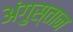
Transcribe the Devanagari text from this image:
अंगुस्तान